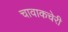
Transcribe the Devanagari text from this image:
चावाकचेरी